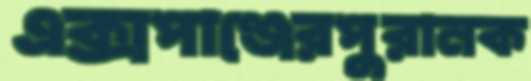
এক্সপাঞ্জেরপুরানক